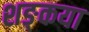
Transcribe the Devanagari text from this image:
शङ्कया